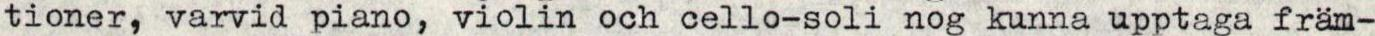
tioner, varvid piano, violin och cello-soli nog kunna upptaga främ-